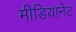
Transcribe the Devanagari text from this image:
मीडियानेट